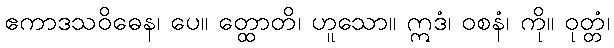
ဧကာဒသဝိဓေန၊ ပေ။ တ္ထောတိ၊ ဟူသော။ ဣဒံ၊ ဝစနံ၊ ကို။ ဝုတ္တံ၊